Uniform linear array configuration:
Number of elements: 4
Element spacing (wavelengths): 0.75
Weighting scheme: hann
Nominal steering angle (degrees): -30
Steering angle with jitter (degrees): -31.346
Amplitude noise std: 0.05
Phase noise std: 0.05

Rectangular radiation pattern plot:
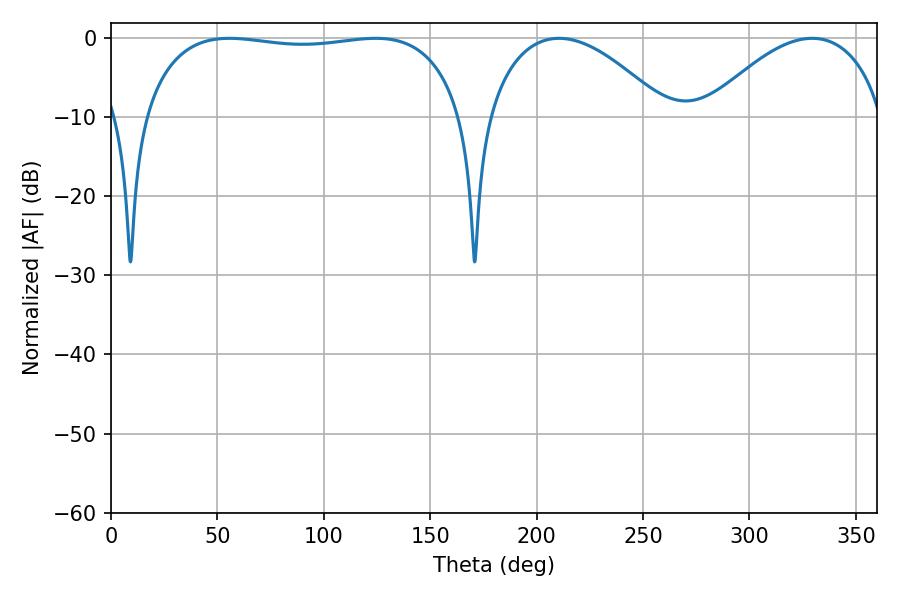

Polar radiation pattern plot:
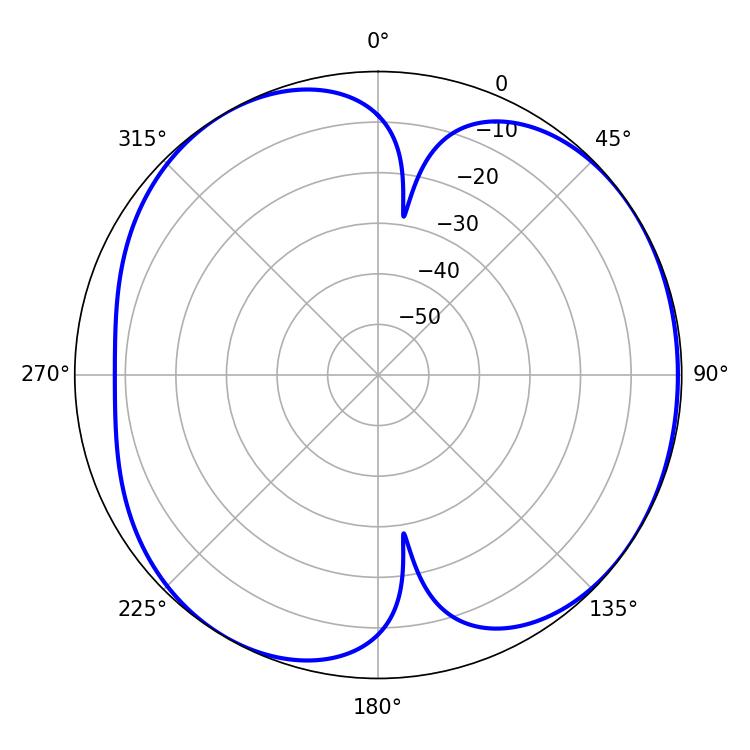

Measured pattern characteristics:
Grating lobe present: TRUE
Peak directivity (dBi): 5.223
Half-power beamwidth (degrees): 120.96
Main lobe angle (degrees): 55.62